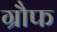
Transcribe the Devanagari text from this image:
ग्रौफ